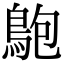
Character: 䳈